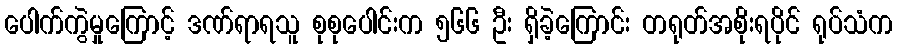
ပေါက်ကွဲမှုကြောင့် ဒဏ်ရာရသူ စုစုပေါင်းက ၅၆၆ ဦး ရှိခဲ့ကြောင်း တရုတ်အစိုးရပိုင် ရုပ်သံက